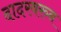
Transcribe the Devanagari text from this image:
दादरवरुन